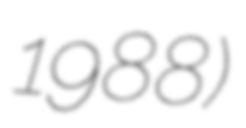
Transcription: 1988)